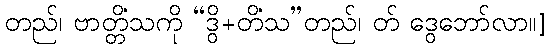
တည်၊ ဗာတ္တိံသကို “ဒွိ+တိံသ”တည်၊ တ် ဒွေဘော်လာ။]